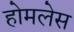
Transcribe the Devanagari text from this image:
होमलेस